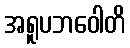
အရူပဘဝေါတိ